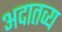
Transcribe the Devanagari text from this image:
अदातव्य